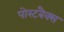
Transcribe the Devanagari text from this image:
पोस्टबैक्स